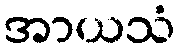
အာယသံ